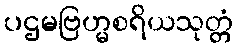
ပဌမဗြဟ္မစရိယသုတ္တံ